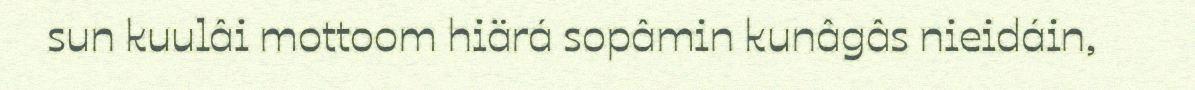
sun kuulâi mottoom hiärá sopâmin kunâgâs nieidáin,